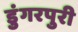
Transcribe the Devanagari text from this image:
डुंगरपुरी